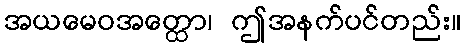
အယမေဝအတ္ထော၊ ဤအနက်ပင်တည်း။